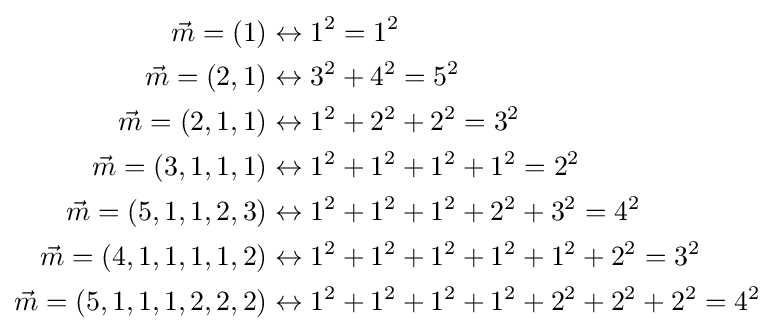
{\begin{aligned}{\vec {m}}=(1)&\leftrightarrow 1^{2}=1^{2}\\{\vec {m}}=(2,1)&\leftrightarrow 3^{2}+4^{2}=5^{2}\\{\vec {m}}=(2,1,1)&\leftrightarrow 1^{2}+2^{2}+2^{2}=3^{2}\\{\vec {m}}=(3,1,1,1)&\leftrightarrow 1^{2}+1^{2}+1^{2}+1^{2}=2^{2}\\{\vec {m}}=(5,1,1,2,3)&\leftrightarrow 1^{2}+1^{2}+1^{2}+2^{2}+3^{2}=4^{2}\\{\vec {m}}=(4,1,1,1,1,2)&\leftrightarrow 1^{2}+1^{2}+1^{2}+1^{2}+1^{2}+2^{2}=3^{2}\\{\vec {m}}=(5,1,1,1,2,2,2)&\leftrightarrow 1^{2}+1^{2}+1^{2}+1^{2}+2^{2}+2^{2}+2^{2}=4^{2}\end{aligned}}